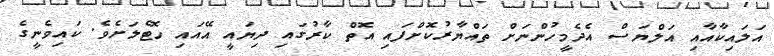
އަލައިކާއާއި އަލްޔަސް އެދެމީހުންނަށް ތައްޔާރުކޮށްފައި އޮތް ކާރުގައި ދިޔައީ އޭއައި ހޮޓެލަށެވެ. ކައިވެނީގެ